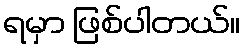
ရမှာ ဖြစ်ပါတယ်။